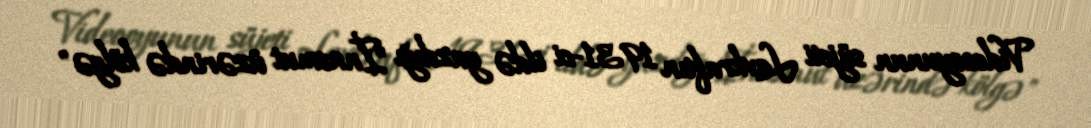
Videooyunun süjeti Lavkraftın 1931-ci ildə yazdığı "İnnsmut üzərində kölgə"